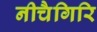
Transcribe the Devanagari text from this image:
नीचैगिरि